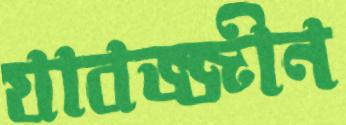
যাবজ্জীন